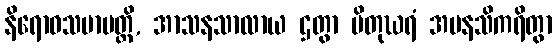
နိရောဓသမာပတ္တိ, အာသနသာလာယ ဌတွာ ပိတုဃရံ အမနသိကရိတွာ